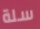
سلة